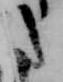
た